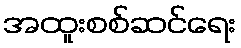
အထူးစစ်ဆင်ရေး